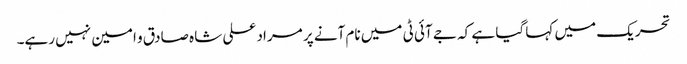
تحریک میں کہا گیا ہے کہ جے آئی ٹی میں نام آنے پر مراد علی شاہ صادق و امین نہیں رہے۔